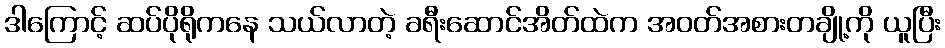
ဒါကြောင့် ဆပ်ပိုရိုကနေ သယ်လာတဲ့ ခရီးဆောင်အိတ်ထဲက အဝတ်အစားတချို့ကို ယူပြီး